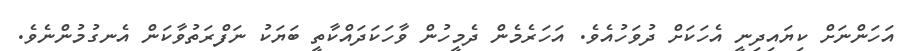
އަހަންނަށް ކިޔައިދިނީ އެހަކަށް ދުވަހުއެވެ. އަހަރެމެން ދެމީހުން ވާހަކަދައްކާތީ ބަޔަކު ނަފްރަތުވާކަން އެނގުމުންނެވެ.